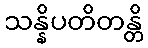
သန္နိပတိတန္တိ